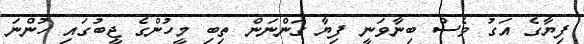
ފިޔާގެ އަގު ވެސް ބިނާވަނީ ފިޔާ ގަންނަން ތިބި މީހުންގެ ޖީބުގައި ހުންނަ